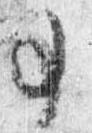
事